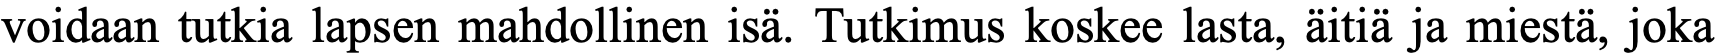
voidaan tutkia lapsen mahdollinen isä. Tutkimus koskee lasta, äitiä ja miestä, joka